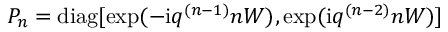
P _ { n } = \mathrm { d i a g } [ \exp ( - \mathrm { i } q ^ { ( n - 1 ) } n W ) , \exp ( \mathrm { i } q ^ { ( n - 2 ) } n W ) ]